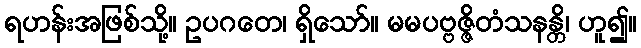
ရဟန်းအဖြစ်သို့။ ဥပဂတေ၊ ရှိသော်။ မမပဗ္ဗဇ္ဇိတံသနန္တိ၊ ဟူ၍။